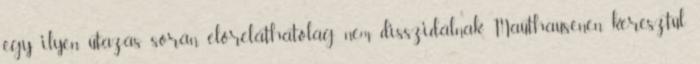
egy ilyen utazás során előreláthatólag nem disszidálnak Mauthausenen keresztül